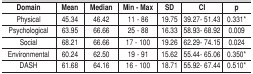
| Domain | Mean | Median | Min - Max | SD | CI | p |
 | --- | --- | --- | --- | --- | --- | --- |
 | Physical | 45.34 | 46.42 | 11 - 86 | 19.75 | 39.27- 51.43 | 0.331* |
 | Psychological | 63.95 | 66.66 | 25 - 88 | 16.33 | 58.93- 68.92 | 0.009 |
 | Social | 68.21 | 66.66 | 17 - 100 | 19.26 | 62.29- 74.15 | 0.024 |
 | Environmental | 60.24 | 62.50 | 19 - 91 | 15.62 | 55.44- 65.06 | 0.350* |
 | DASH | 61.68 | 64.16 | 16 - 100 | 18.71 | 55.92- 67.44 | 0.510* |